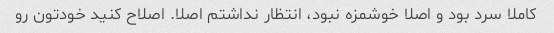
کاملا سرد بود و اصلا خوشمزه نبود، انتظار نداشتم اصلا. اصلاح کنید خودتون رو